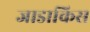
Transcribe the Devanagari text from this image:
जाडाकिस